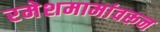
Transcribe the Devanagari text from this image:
रमेशमामांवरून